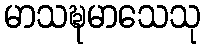
မာသဍ္ဎမာသေသု